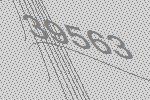
39563